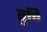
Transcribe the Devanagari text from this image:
तुचि